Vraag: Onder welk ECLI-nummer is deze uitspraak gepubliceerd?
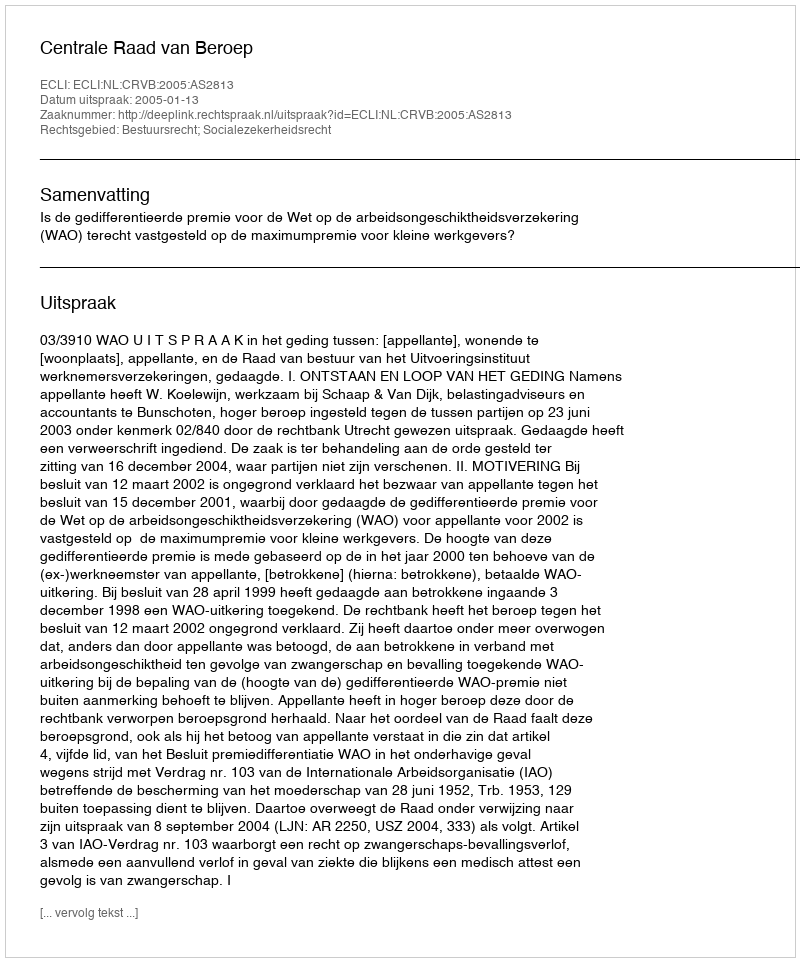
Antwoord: ECLI:NL:CRVB:2005:AS2813